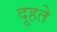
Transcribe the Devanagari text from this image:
दूहते